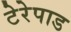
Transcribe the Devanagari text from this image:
टेरेपाड